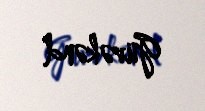
Güvəkənd